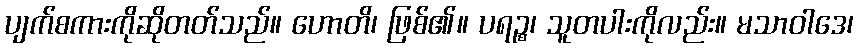
ပျက်စကားကိုဆိုတတ်သည်။ ဟောတိ၊ ဖြစ်၏။ ပရဉ္စ၊ သူတပါးကိုလည်း။ မသာဝါဒေ၊